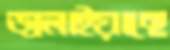
জ্বলাইয়াছে